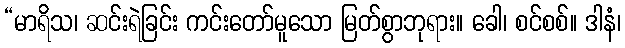
“မာရိသ၊ ဆင်းရဲခြင်း ကင်းတော်မူသော မြတ်စွာဘုရား။ ခေါ၊ စင်စစ်။ ဒါနံ၊